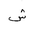
Letter: _shin